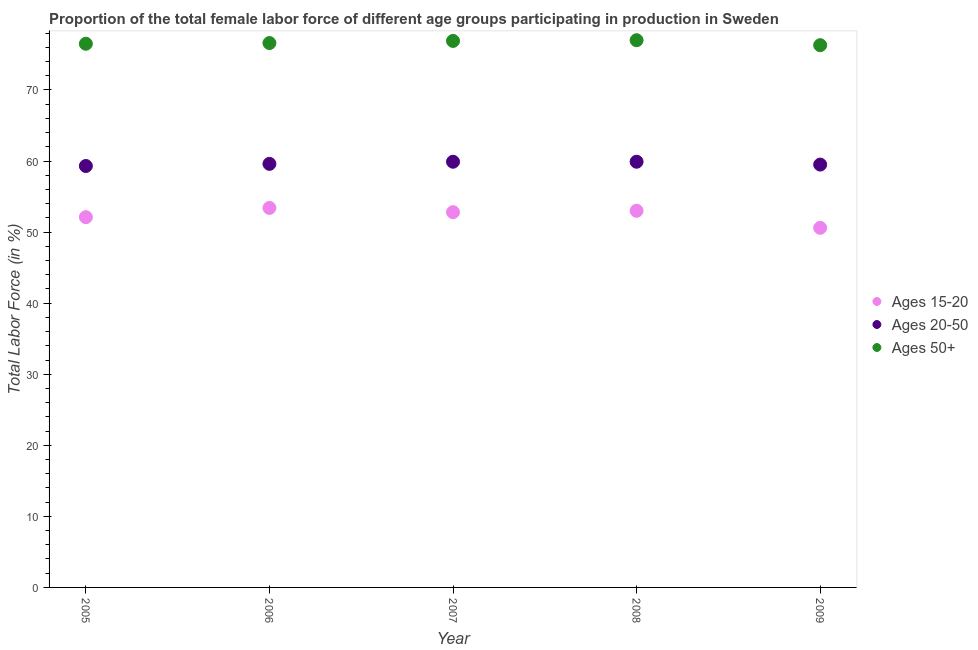
| Year | Ages 15-20 | Ages 20-50 | Ages 50+ |
 | --- | --- | --- | --- |
 | 2005 | 52.1 | 59.3 | 76.5 |
 | 2006 | 53.4 | 59.6 | 76.6 |
 | 2007 | 52.8 | 59.9 | 76.9 |
 | 2008 | 53 | 59.9 | 77 |
 | 2009 | 50.6 | 59.5 | 76.3 |